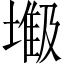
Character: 𫮥